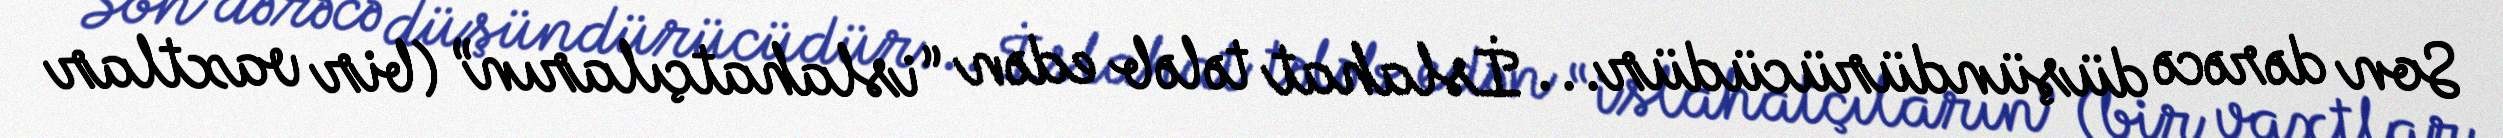
Son dərəcə düşündürücüdür... İslahat tələb edən “islahatçıların” (bir vaxtlar